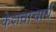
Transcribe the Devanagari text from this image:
केशवाचार्य